Annual administration report of the Civil Veterinary Department of India - 1898-1899
Year: 1898
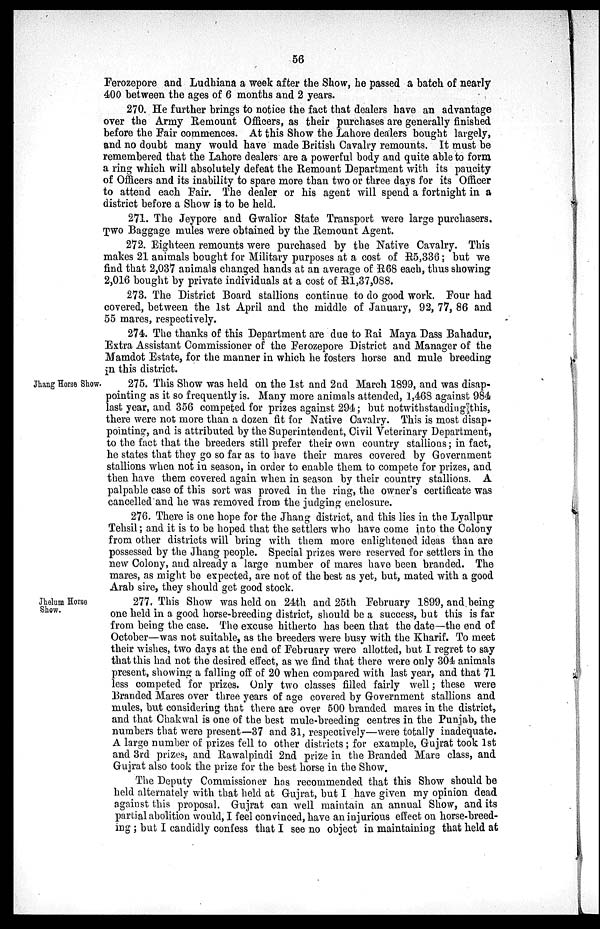
56
Ferozepore and Ludhiana a week after the Show, he passed a batch of nearly
400 between the ages of 6 months and 2 years.
270. He further brings to notice the fact that dealers have an advantage
over the Army Remount Officers, as their purchases are generally finished
before the Fair commences. At this Show the Lahore dealers bought largely,
and no doubt many would have made British Cavalry remounts. It must be
remembered that the Lahore dealers are a powerful body and quite able to form
a ring which will absolutely defeat the Remount Department with its paucity
of Officers and its inability to spare more than two or three days for its Officer
to attend each Fair. The dealer or his agent will spend a fortnight in a
district before a Show is to be held.
271. The Jeypore and Gwalior State Transport were large purchasers.
Two Baggage mules were obtained by the Remount Agent.
272. Eighteen remounts were purchased by the Native Cavalry. This
makes 21 animals bought for Military purposes at a cost of R5,336; but we
find that 2,037 animals changed hands at an average of R68 each, thus showing
2,016 bought by private individuals at a cost of R1,37,088.
273. The District Board stallions continue to do good work. Four had
covered, between the 1st April and the middle of January, 92, 77, 86 and
55 mares, respectively.
274. The thanks of this Department are due to Rai Maya Dass Bahadur,
Extra Assistant Commissioner of the Ferozepore District and Manager of the
Mamdot Estate, for the manner in which he fosters horse and mule breeding
in this district.
Jhang Horse Show.
275. This Show was held on the 1st and 2nd March 1899, and was disap-
pointing as it so frequently is. Many more animals attended, 1,468 against 984
last year, and 356 competed for prizes against 294; but notwithstanding this,
there were not more than a dozen fit for Native Cavalry. This is most disap-
pointing, and is attributed by the Superintendent, Civil Veterinary Department,
to the fact that the breeders still prefer their own country stallions; in fact,
he states that they go so far as to have their mares covered by Government
stallions when not in season, in order to enable them to compete for prizes, and
then have them covered again when in season by their country stallions. A
palpable case of this sort was proved in the ring, the owner's certificate was
cancelled and he was removed from the judging enclosure.
276. There is one hope for the Jhang district, and this lies in the Lyallpur
Tehsil; and it is to be hoped that the settlers who have come into the Colony
from other districts will bring with them more enlightened ideas than are
possessed by the Jhang people. Special prizes were reserved for settlers in the
new Colony, and already a large number of mares have been branded. The
mares, as might be expected, are not of the best as yet, but, mated with a good
Arab sire, they should get good stock.
Jhelum Horse
Show.
277. This Show was held on 24th and 25th February 1899, and being
one held in a good horse-breeding district, should be a success, but this is far
from being the case. The excuse hitherto has been that the date—the end of
October—was not suitable, as the breeders were busy with the Kharif. To meet
their wishes, two days at the end of February were allotted, but I regret to say
that this had not the desired effect, as we find that there were only 304 animals
present, showing a falling off of 20 when compared with last year, and that 71
less competed for prizes. Only two classes filled fairly well; these were
Branded Mares over three years of age covered by Government stallions and
mules, but considering that there are over 500 branded mares in the district,
and that Chakwal is one of the best mule-breeding centres in the Punjab, the
numbers that were present—37 and 31, respectively—were totally inadequate.
A large number of prizes fell to other districts; for example, Gujrat took 1st
and 3rd prizes, and Rawalpindi 2nd prize in the Branded Mare class, and
Gujrat also took the prize for the best horse in the Show.
The Deputy Commissioner has recommended that this Show should be
held alternately with that held at Gujrat, but I have given my opinion dead
against this proposal. Gujrat can well maintain an annual Show, and its
partial abolition would, I feel convinced, have an injurious effect on horse-breed-
ing; but I candidly confess that I see no object in maintaining that held at